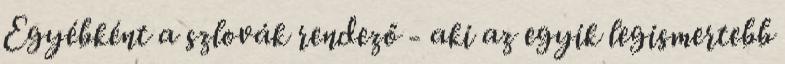
Egyébként a szlovák rendező - aki az egyik legismertebb